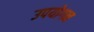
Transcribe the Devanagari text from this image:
उपयोगन